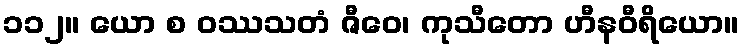
၁၁၂။ ယော စ ဝဿသတံ ဇီဝေ၊ ကုသီတော ဟီနဝီရိယော။